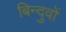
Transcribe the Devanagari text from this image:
बिन्दुवों